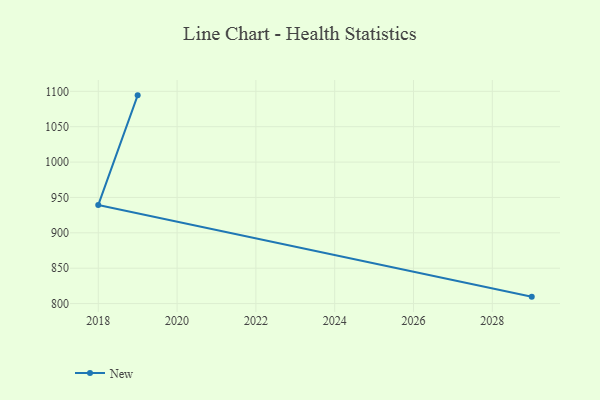
{"axis": {"x": "Year", "y": "Budget (USD K)"}, "legend": ["New"], "data": [{"x": "2019", "y": 1094.3, "type": "New"}, {"x": "2018", "y": 939.2, "type": "New"}, {"x": "2029", "y": 809.8, "type": "New"}]}